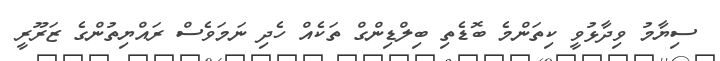
ސިޔާމު ވިދާޅުވީ ކިތަންމެ ބޮޑެތި ބިލްޑިންގް ތަކެއް ހެދި ނަމަވެސް ރައްޔިތުންގެ ޒަރޫރީ